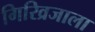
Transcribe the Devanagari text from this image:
गिरिव्रजाला